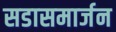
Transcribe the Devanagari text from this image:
सडासमार्जन